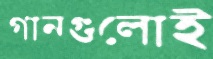
গানগুলোই